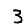
Digit: 3